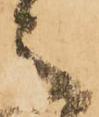
之